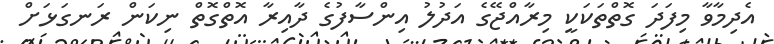
އެދިމާވާ މިފަދަ ގޮތްތަކަކީ މިރާއްޖޭގެ އަދުލު އިންސާފުގެ ދާއިރާ އޮތްގޮތް ނިކަން ރަނގަޅަށް